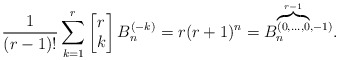
\begin{align*}\dfrac{1}{(r-1)!} \displaystyle \sum_{k=1}^{r}\begin{bmatrix}r\\k\end{bmatrix}B_n^{(-k)}&=r(r+1)^n=B_n^{\overbrace {\scriptstyle{(0,\ldots,0}}^{r-1},-1)}.\end{align*}